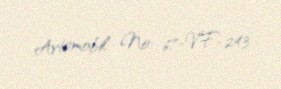
Avtomobil №: 67-VF-243